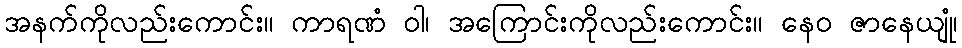
အနက်ကိုလည်းကောင်း။ ကာရဏံ ဝါ၊ အကြောင်းကိုလည်းကောင်း။ နေဝ ဇာနေယျုံ၊